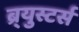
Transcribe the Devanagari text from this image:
ब्र्युस्टर्स